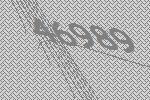
46989